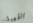
القهوة